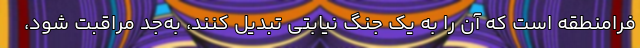
فرامنطقه است که آن را به یک جنگ نیابتی تبدیل کنند، به‌جد مراقبت شود،